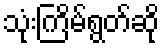
သုံးကြိမ်ရွတ်ဆို